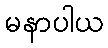
မနာပါယ